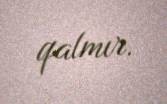
qalmır.